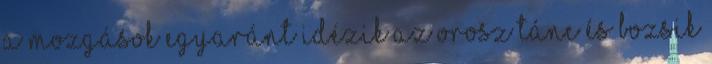
A mozgások egyaránt idézik az orosz tánc és Bozsik